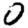
Digit: 0